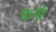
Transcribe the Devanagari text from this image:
बाग़ोे